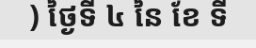
) ថ្ងៃទី ៤ នៃ ខែ ទី